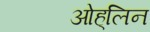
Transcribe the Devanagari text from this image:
ओह्‌लिन